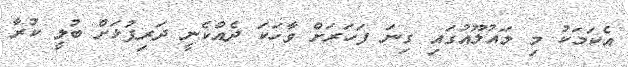
އެކަމަކު މި މައުލޫއުގައި ގިނަ ފަހަރަށް ވާހަކަ ދެއްކެނީ ދަރިފުޅަށް ބުލީ ކުރާ